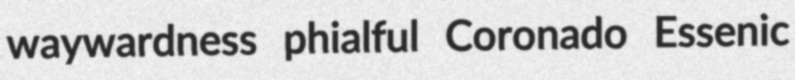
waywardness phialful Coronado Essenic